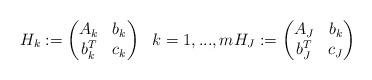
LaTeX: \begin{align*}H_k:=\begin{pmatrix}A_k&b_k\\b_k^T&c_k\end{pmatrix}\ \ k=1,...,mH_J:=\begin{pmatrix}A_J&b_k\\b_J^T&c_J\end{pmatrix}\end{align*}